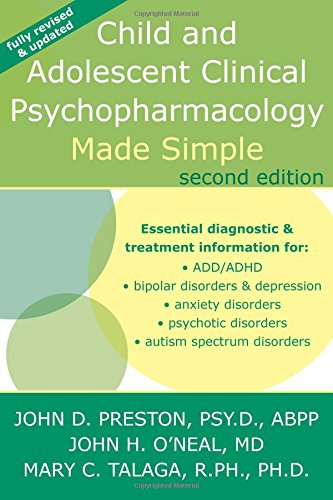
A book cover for Child and Adolescent Clinical Psychopharmacology Made Simple; John D. Preston Psy D ABPP; Health, Fitness & Dieting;